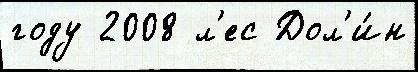
году 2008 л'ес Дол'и́н